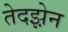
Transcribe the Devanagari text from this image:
तेदझ़ेन